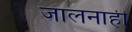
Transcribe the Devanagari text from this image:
जालनाही